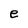
Character: e